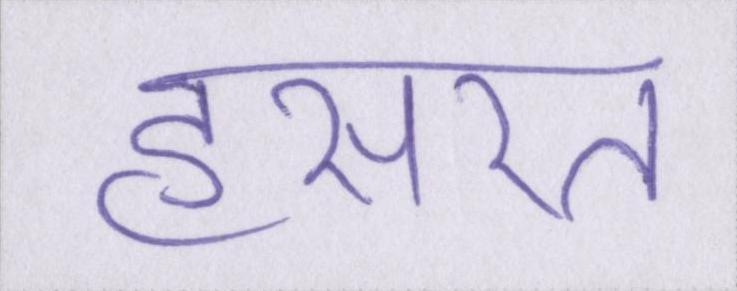
हसरत